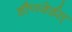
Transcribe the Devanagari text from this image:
डौणवेर्डस्